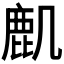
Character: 𪊋